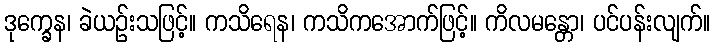
ဒုက္ခေန၊ ခဲယဉ်းသဖြင့်။ ကသိရေန၊ ကသိကအောက်ဖြင့်။ ကိလမန္တော၊ ပင်ပန်းလျက်။